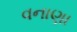
વનાણા